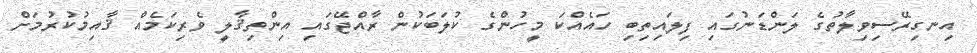
އިނގިރޭސިވިލާތުގެ ލަންޑަނުގައި ފިލައިތިބި ހައެއްކަ މީހުންގެ ކުލަބަކުން ރާއްޖޭގައި އިންތިޤާލީ ވެރިކަމެއް ޤާއިމުކުރުމަށް